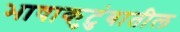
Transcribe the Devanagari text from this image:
भाषाकुटुंबातील